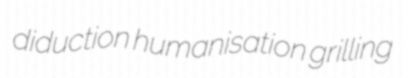
diduction humanisation grilling